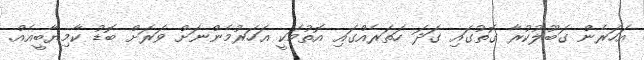
އަހަރެން ގަބޫލުކުރާ ގޮތުގައި ގަދަ ހަތަރެއްގައި އޮތުމަކީ އަހަރުމެންނަށް ވަރަށް ބޮޑު ކާމިޔާބީއެއް.